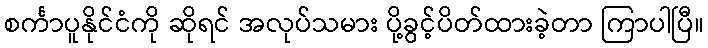
စင်္ကာပူနိုင်ငံကို ဆိုရင် အလုပ်သမား ပို့ခွင့်ပိတ်ထားခဲ့တာ ကြာပါပြီ။